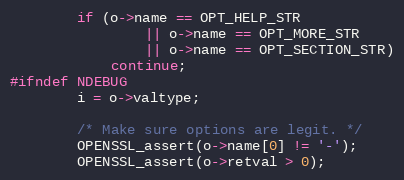
Language: C
        if (o->name == OPT_HELP_STR
                || o->name == OPT_MORE_STR
                || o->name == OPT_SECTION_STR)
            continue;
#ifndef NDEBUG
        i = o->valtype;

        /* Make sure options are legit. */
        OPENSSL_assert(o->name[0] != '-');
        OPENSSL_assert(o->retval > 0);